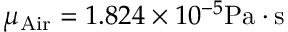
\mu _ { \mathrm { { A i r } } } = 1 . 8 2 4 \times 1 0 ^ { - 5 } \mathrm { { P a \cdot s } }